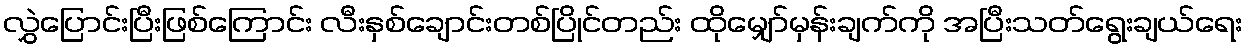
လွှဲပြောင်းပြီးဖြစ်ကြောင်း လီးနှစ်ချောင်းတစ်ပြိုင်တည်း ထိုမျှော်မှန်းချက်ကို အပြီးသတ်ရွေးချယ်ရေး